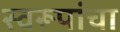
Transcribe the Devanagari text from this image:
स्वरूपांचा